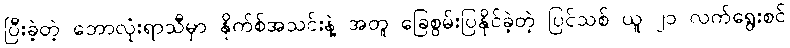
ပြီးခဲ့တဲ့ ဘောလုံးရာသီမှာ နိုက်စ်အသင်းနဲ့ အတူ ခြေစွမ်းပြနိုင်ခဲ့တဲ့ ပြင်သစ် ယူ ၂၁ လက်ရွေးစင်